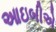
આઇબીએ